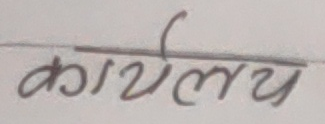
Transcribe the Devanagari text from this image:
कार्यालय